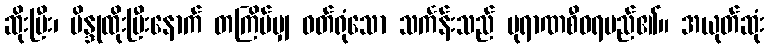
ဆိုးပြီး၊ ဗိန္ဒုထိုးပြီးနောက် တကြိမ်မျှ ဝတ်ရုံသော သင်္ကန်းသည် ပုရာဏစီဝရမည်၏။ အယုတ်ဆုံး